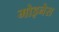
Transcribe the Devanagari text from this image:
मोइनेस